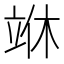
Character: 𰩣